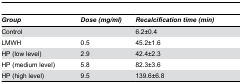
<table><thead><tr><td><b><i>Group</i></b></td><td><b><i>Dose (mg/ml)</i></b></td><td><b><i>Recalcification time (min)</i></b></td></tr></thead><tbody><tr><td>Control</td><td></td><td>6.2±0.4</td></tr><tr><td>LMWH</td><td>0.5</td><td>45.2±1.6</td></tr><tr><td>HP (low level)</td><td>2.9</td><td>42.4±2.3</td></tr><tr><td>HP (medium level)</td><td>5.8</td><td>82.3±3.6</td></tr><tr><td>HP (high level)</td><td>9.5</td><td>139.6±6.8</td></tr></tbody></table>